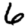
Digit: 6